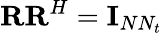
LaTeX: \textbf{R}\textbf{R}^{H}=\textbf{I}_{NN_{t}}